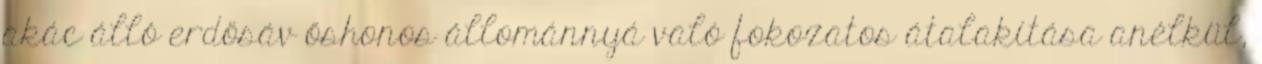
akác álló erdősáv őshonos állománnyá való fokozatos átalakítása anélkül,